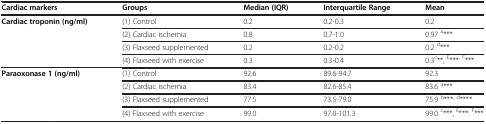
<table><thead><tr><td><b>Cardiac markers</b></td><td><b>Groups</b></td><td><b>Median (IQR)</b></td><td><b>Interquartile Range</b></td><td><b>Mean</b></td></tr></thead><tbody><tr><td rowspan="4"><b>Cardiac troponin (ng/ml)</b></td><td>(1) Control</td><td>0.2</td><td>0.2-0.3</td><td>0.2</td></tr><tr><td>(2) Cardiac ischemia</td><td>0.8</td><td>0.7-1.0</td><td>0.97 <sup>a</sup>***</td></tr><tr><td>(3) Flaxseed supplemented</td><td>0.2</td><td>0.2-0.2</td><td>0.2 <sup>d</sup>***</td></tr><tr><td>(4) Flaxseed with exercise</td><td>0.3</td><td>0.3-0.4</td><td>0.3<sup>c</sup>**, <sup>E</sup>***<sup>, F</sup>***</td></tr><tr><td rowspan="4"><b>Paraoxonase 1 (ng/ml)</b></td><td>(1) Control</td><td>92.6</td><td>89.6-94.7</td><td>92.3</td></tr><tr><td>(2) Cardiac ischemia</td><td>83.4</td><td>82.6-85.4</td><td>83.6 <sup>a</sup>***</td></tr><tr><td>(3) Flaxseed supplemented</td><td>77.5</td><td>73.5-79.0</td><td>75.9 <sup>b</sup>***<sup>, d</sup>****</td></tr><tr><td>(4) Flaxseed with exercise</td><td>99.0</td><td>97.0-101.3</td><td>99.0 <sup>c</sup>***, <sup>E</sup>***<sup>, F</sup>***</td></tr></tbody></table>